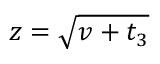
z = \sqrt { v + t _ { 3 } }